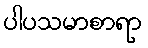
ပါပသမာစာရာ